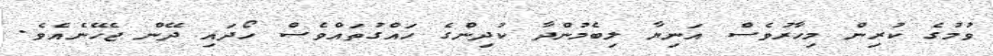
ވުމުގެ ކުރިން މިހާރުވެސް އަނިޔާ ލިބެމުންދާ ކުދިންގެ ހައްގުތައްވެސް ހޯދައި ދޭން ޖެހޭނެއެވެ.